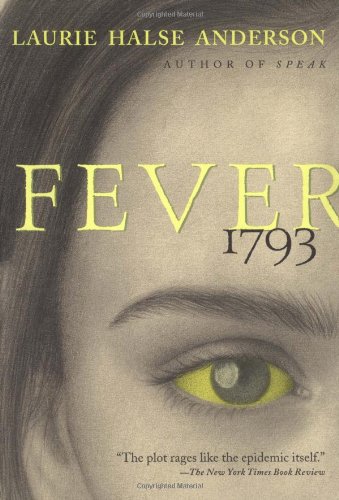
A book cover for Fever 1793; Laurie Halse Anderson; Children's Books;